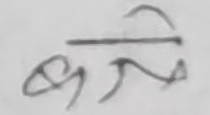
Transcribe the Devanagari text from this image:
किमि